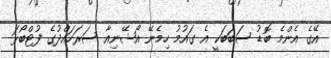
އޭގެ އެންމެ ބޮޑު ސަބަބަކީ އެ ގައުމު ހިމެނޭ އޯޝޭނިއާ ސަރަހައްދުގެ ފުޓްބޯޅަ